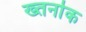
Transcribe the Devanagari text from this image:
ख्तर्नाक